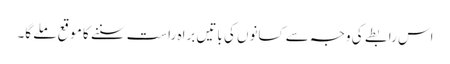
اس رابطے کی وجہ سے کسانوں کی باتیں براہ راست سننے کا موقع ملے گا۔